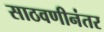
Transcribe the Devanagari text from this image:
साठवणीनंतर